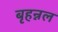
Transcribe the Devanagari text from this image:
बृहन्नल